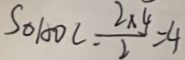
S _ { \Delta A D C } = \frac { 2 \times 4 } { 2 } = 4